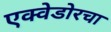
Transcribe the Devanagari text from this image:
एक्वेडोरचा